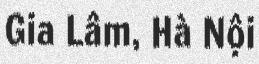
Gia Lâm, Hà Nội